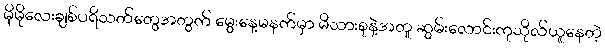
မိုမိုလေးချစ်ပရိသတ်တွေအတွက် မွေးနေ့မနက်မှာ မိသားစုနဲ့အတူ ဆွမ်းလောင်းကုသိုလ်ယူနေတဲ့